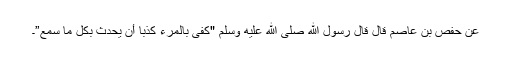
عَنْ حَفْصِ بْنِ عَاصِمٍ قَالَ قَالَ رَسُولُ اللّٰهِ صَلَّى اللّٰهُ عَلَيْهِ وَسَلَّمَ "كَفَى بِالْمَرْءِ كَذِبًا أَنْ يُحَدِّثَ بِكُلِّ مَا سَمِعَ”۔